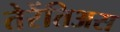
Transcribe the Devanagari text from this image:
तेरेंतिअस